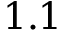
1 . 1